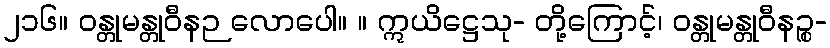
၂၁၆။ ဝန္တုမန္တုဝီနဉ လောပေါ။ ။ ဣယိဋ္ဌေသု- တို့ကြောင့်၊ ဝန္တုမန္တုဝီနဉ္စ-